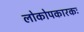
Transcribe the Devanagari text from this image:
लोकोपकारकः